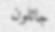
جائلون